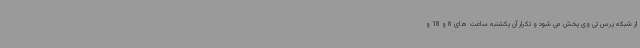
از شبکه پرس تی وی پخش می شود و تکرار آن یکشنبه ساعت های 6 و 18 و